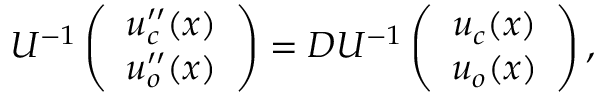
U ^ { - 1 } \left( \begin{array} { c } { u _ { c } ^ { \prime \prime } ( x ) } \\ { u _ { o } ^ { \prime \prime } ( x ) } \end{array} \right) = D U ^ { - 1 } \left( \begin{array} { c } { u _ { c } ( x ) } \\ { u _ { o } ( x ) } \end{array} \right) ,